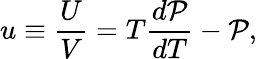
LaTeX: u\equiv\frac{U}{V}=T\frac{d{\cal P}}{dT}-{\cal P},